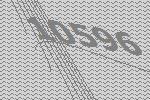
10596